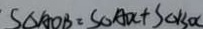
S _ { \Delta A O B } = S _ { \Delta } A D C + S _ { \Delta } B O C